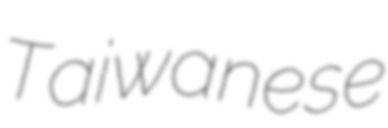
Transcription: Taiwanese